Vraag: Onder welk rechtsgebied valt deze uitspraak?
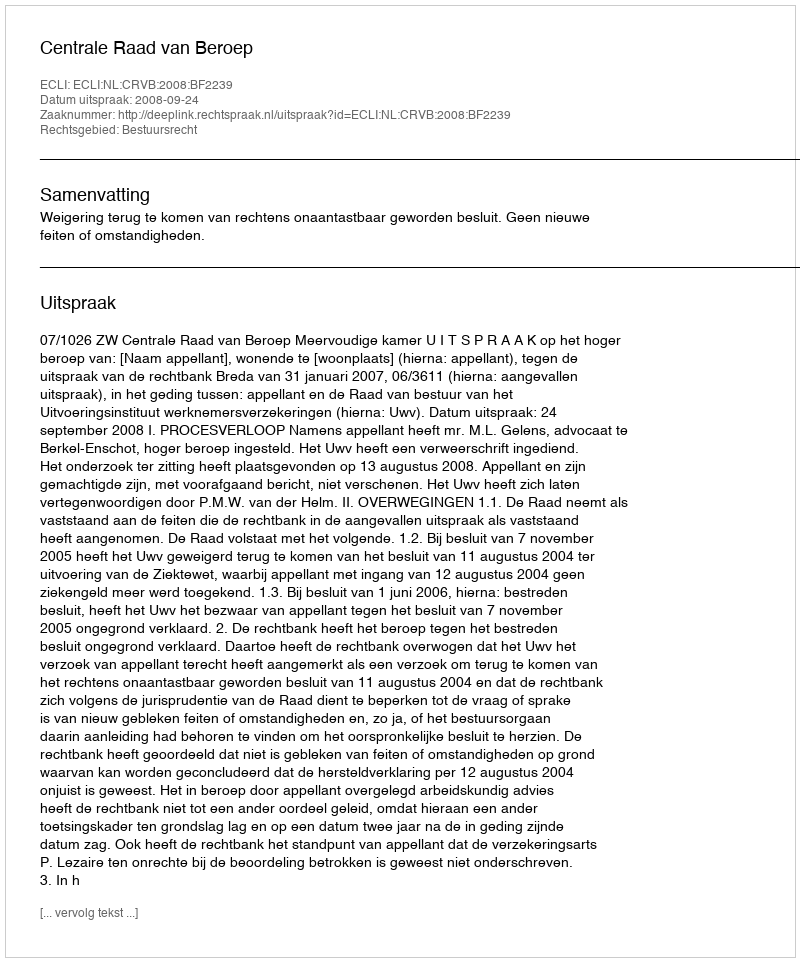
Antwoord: Bestuursrecht